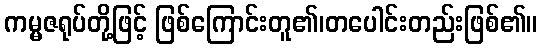
ကမ္မဇရုပ်တို့ဖြင့် ဖြစ်ကြောင်းတူ၏၊တပေါင်းတည်းဖြစ်၏။